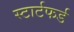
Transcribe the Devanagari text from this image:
स्टार्टफर्ड